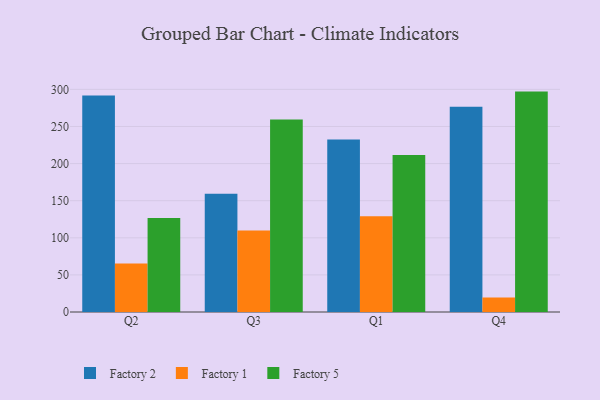
{"axis": {"x": "Quarter", "y": "Backlog"}, "legend": ["Factory 1", "Factory 2", "Factory 5"], "data": [{"x": "Q2", "y": 291.6, "type": "Factory 2"}, {"x": "Q2", "y": 65.3, "type": "Factory 1"}, {"x": "Q2", "y": 126.6, "type": "Factory 5"}, {"x": "Q3", "y": 159.5, "type": "Factory 2"}, {"x": "Q3", "y": 109.7, "type": "Factory 1"}, {"x": "Q3", "y": 259.4, "type": "Factory 5"}, {"x": "Q1", "y": 232.4, "type": "Factory 2"}, {"x": "Q1", "y": 129.0, "type": "Factory 1"}, {"x": "Q1", "y": 211.7, "type": "Factory 5"}, {"x": "Q4", "y": 276.7, "type": "Factory 2"}, {"x": "Q4", "y": 19.5, "type": "Factory 1"}, {"x": "Q4", "y": 297.0, "type": "Factory 5"}]}